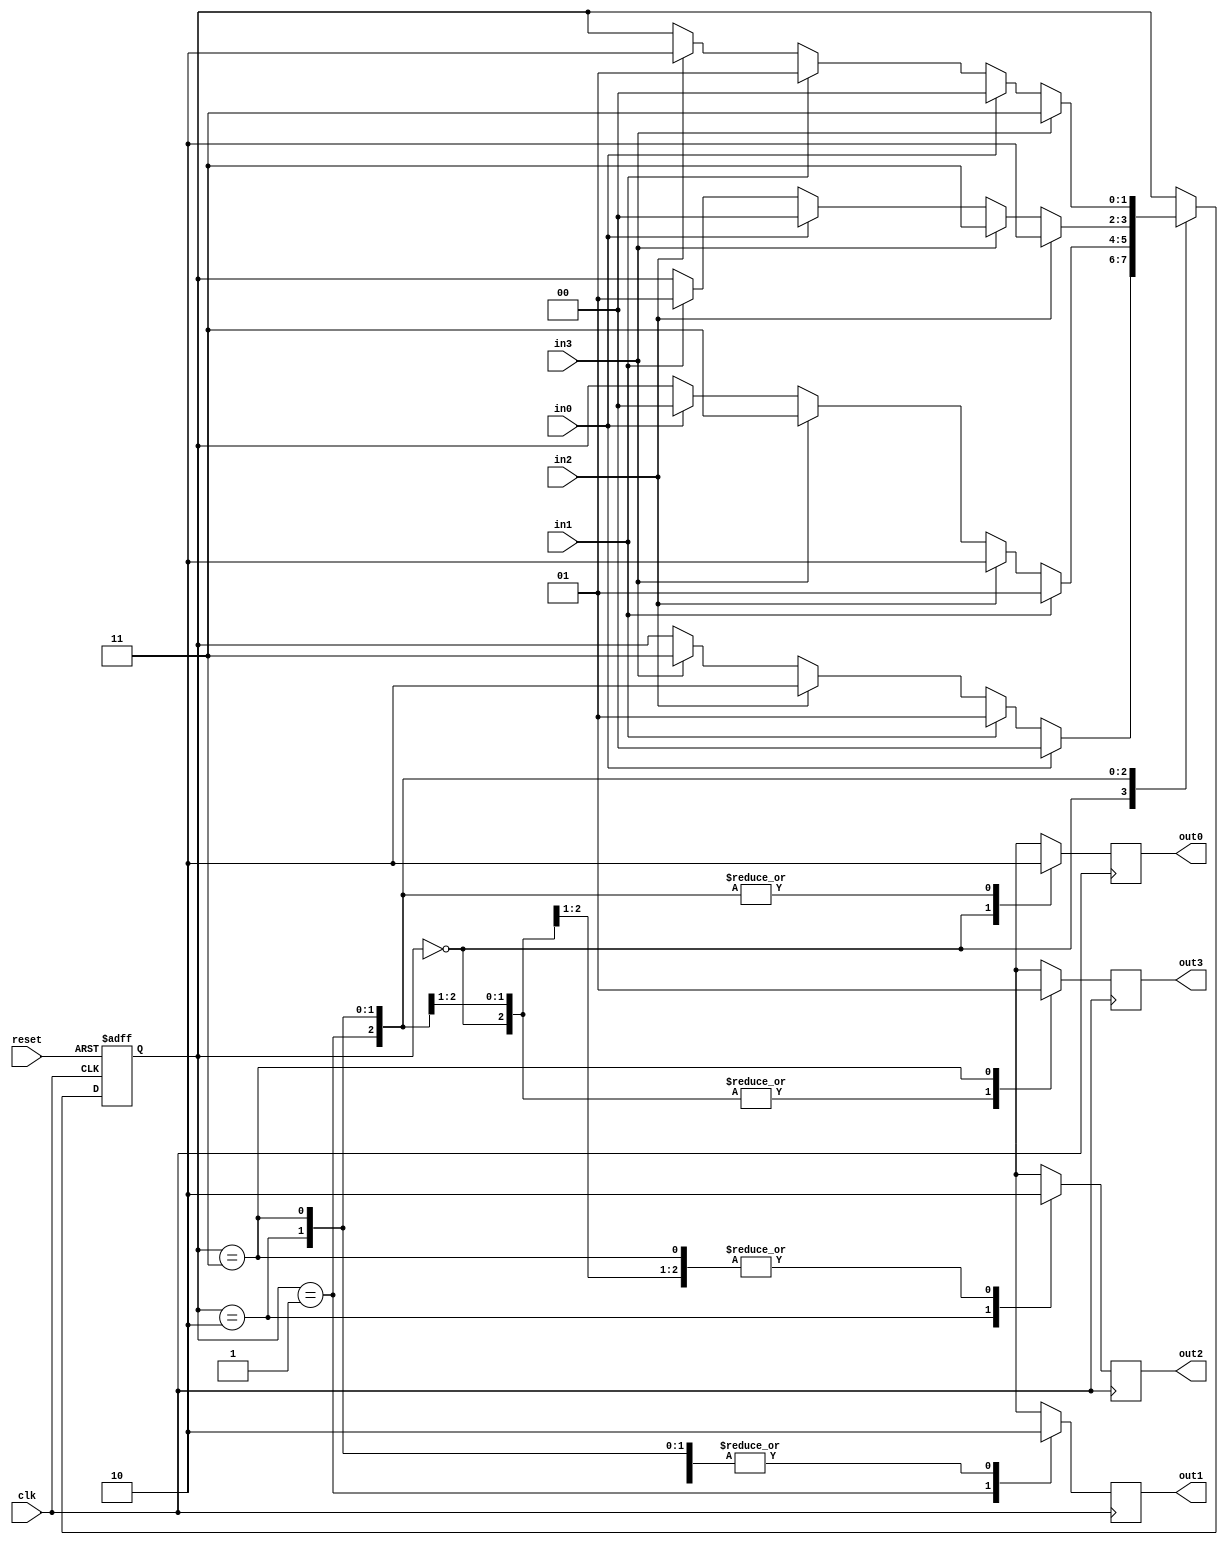
module arbiter(
    input wire clk,
    input wire reset,

    input wire in0,
    output reg out0,

    input wire in1,
    output reg out1,

    input wire in2,
    output reg out2,

    input wire in3,
    output reg out3

);

    reg [1:0] owner; // 1/4 can use bus

    // only set a 1 and there 0,according by owner;
    always @(posedge clk)
        begin
            out1=0;
            out2=0;
            out3=0;
            out0=0;

            case(owner)
                0:begin
                    out0=1;
                end

                1:begin
                    out1=1;
                end

                2:begin
                    out2=1;
                end

                3:begin
                    out3=1;
                end
            endcase
        end

    // rotate use bus: 
    // last route 0 use bus,next route,1 first use,then 2,then 3
    // if 1 dont use,then 2 first,then 3,then 0,

    // 轮转算法，优先级一样
    always @(posedge clk or posedge reset)
        begin
            if(reset == 1'b1)
                begin
                    //异步复位
                    owner <= #RESET 2'b00;
                end
            else
                begin
                    case(owner)
                    2'b00 : 
                        begin
                            if (in0 == 1'b1) begin			
                                owner <= #RESET 2'b00;
                            end else if (in1 == 1'b1) begin 
                                owner <= #RESET 2'b01;
                            end else if (in2 == 1'b1) begin 
                                owner <= #RESET 2'b10;
                            end else if (in3 == 1'b1) begin
                                owner <= #RESET 2'b11;
                            end
                        end
                    2'b01 : 
                        begin
                            if (in1 == 1'b1) begin			
                                owner <= #RESET 2'b01;
                            end else if (in2 == 1'b1) begin 
                                owner <= #RESET 2'b10;
                            end else if (in3 == 1'b1) begin
                                owner <= #RESET 2'b11;
                            end else if (in0 == 1'b1) begin 
                                owner <= #RESET 2'b00;
                            end
                        end
                    2'b10 : 
                        begin
                            if (in2 == 1'b1) begin 
                                owner <= #RESET 2'b10;
                            end else if (in3 == 1'b1) begin
                                owner <= #RESET 2'b11;
                            end else if (in0 == 1'b1) begin			
                                owner <= #RESET 2'b00;
                            end else if (in1 == 1'b1) begin 
                                owner <= #RESET 2'b01;
                            end
                        end
                    2'b11 : 
                        begin
                            if (in3 == 1'b1) begin
                                owner <= #RESET 2'b11;
                            end else if (in0 == 1'b1) begin			
                                owner <= #RESET 2'b00;
                            end else if (in1 == 1'b1) begin 
                                owner <= #RESET 2'b01;
                            end else if (in2 == 1'b1) begin 
                                owner <= #RESET 2'b10;
                            end
                        end
                    endcase
                end
        end
endmodule